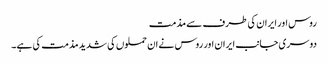
روس اور ایران کی طرف سے مذمت
دوسری جانب ایران اور روس نے ان حملوں کی شدید مذمت کی ہے۔